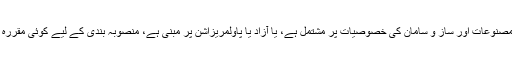
(3) مفت رولنگ، یہ منصوبہ مختلف تناسب امتزاج کی مصنوعات اور ساز و سامان کی خصوصیات پر مشتمل ہے، یا آزاد یا پاولمریزاشن پر مبنی ہے، منصوبہ بندی کے لیے کوئی مقررہ یا عارضی سوچ ہے، فروخت کا طریقہ مقرر نہیں ہے ۔